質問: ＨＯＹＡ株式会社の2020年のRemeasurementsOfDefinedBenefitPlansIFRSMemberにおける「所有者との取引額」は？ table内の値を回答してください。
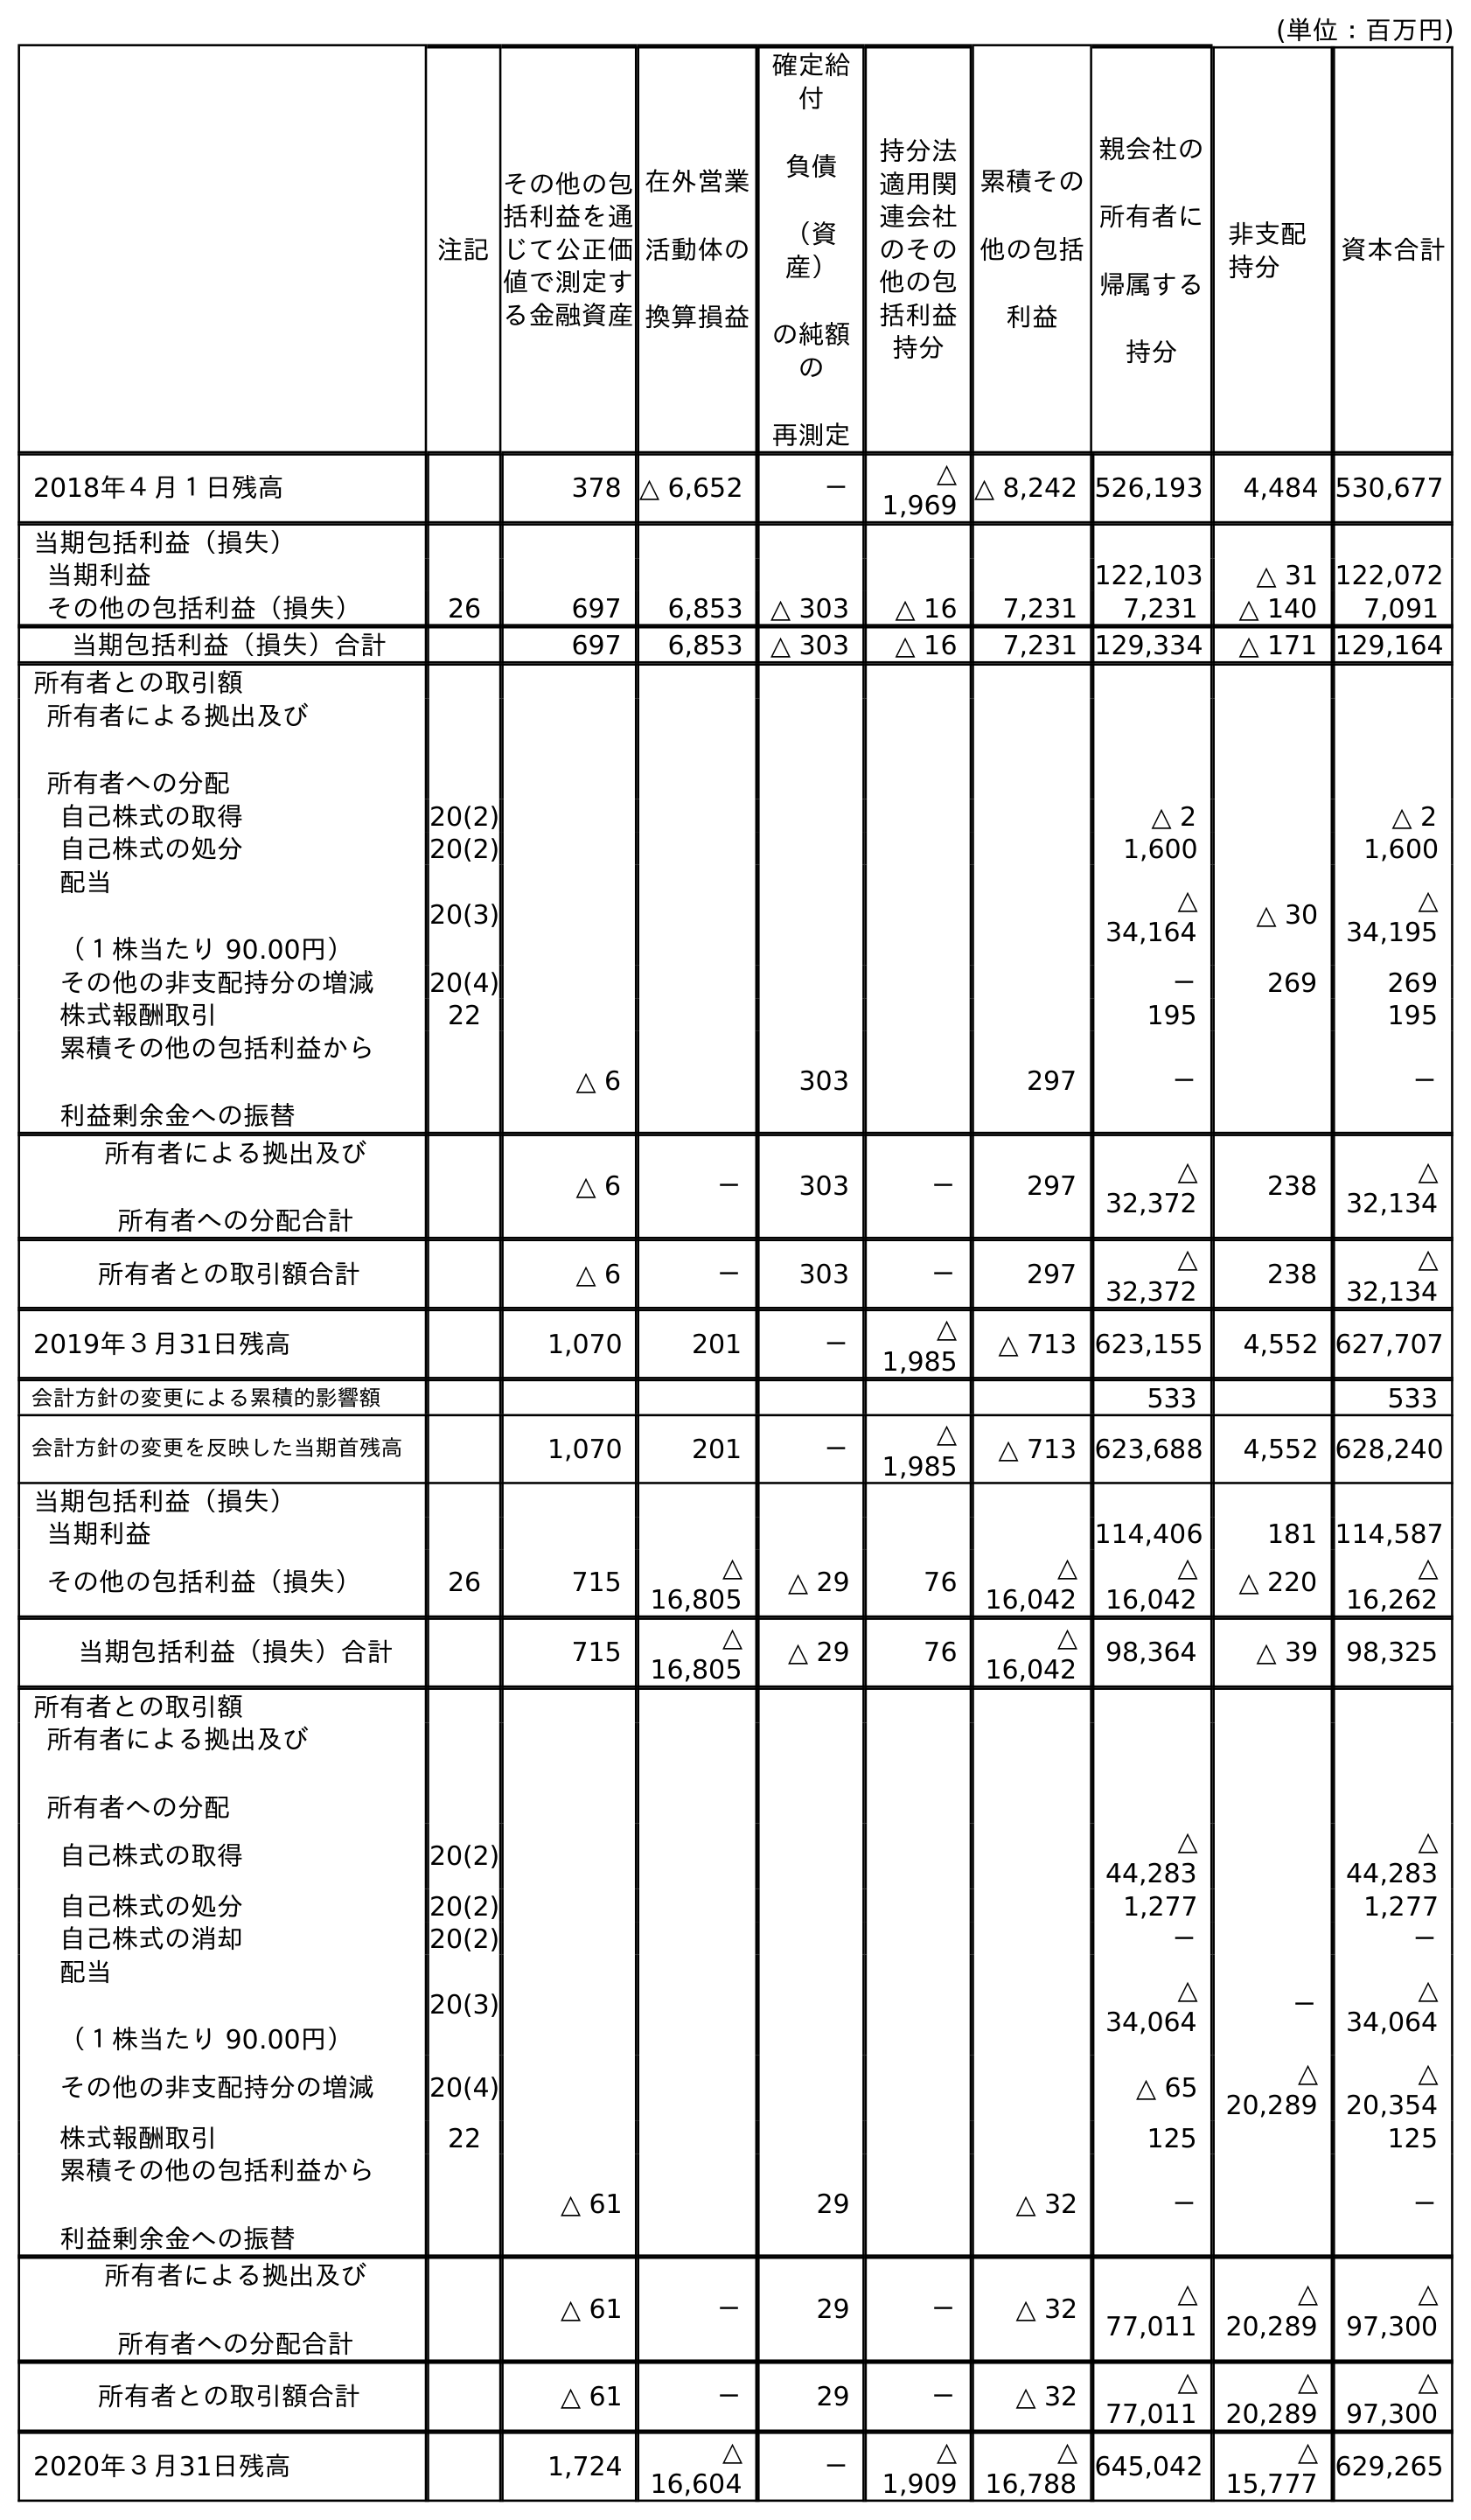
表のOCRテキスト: (単位：百万円) 注記 親会社の 所有者に 帰属する 持分 非支配 持分 資本合計 その他の包 括利益を通 じて公正価 値で測定す る金融資産 在外営業 活動体の 換算損益 確定給 付 負債 （資 産） の純額 の 再測定 持分法 適用関 連会社 のその 他の包 括利益 持分 累積その 他の包括 利益 2018年４月１日残高 378 △ 6,652 － △ 1,969 △ 8,242 526,193 4,484 530,677 当期包括利益（損失） 当期利益 122,103 △ 31 122,072 その他の包括利益（損失） 26 697 6,853 △ 303 △ 16 7,231 7,231 △ 140 7,091 当期包括利益（損失）合計 697 6,853 △ 303 △ 16 7,231 129,334 △ 171 129,164 所有者との取引額 所有者による拠出及び 所有者への分配 自己株式の取得 20(2) △ 2 △ 2 自己株式の処分 20(2) 1,600 1,600 配当 （１株当たり 90.00円） 20(3) △ 34,164 △ 30 △ 34,195 その他の非支配持分の増減 20(4) － 269 269 株式報酬取引 22 195 195 累積その他の包括利益から 利益剰余金への振替 △ 6 303 297 － － 所有者による拠出及び 所有者への分配合計 △ 6 － 303 － 297 △ 32,372 238 △ 32,134 所有者との取引額合計 △ 6 － 303 － 297 △ 32,372 238 △ 32,134 2019年３月31日残高 1,070 201 － △ 1,985 △ 713 623,155 4,552 627,707 会計方針の変更による累積的影響額 533 533 会計方針の変更を反映した当期首残高 1,070 201 － △ 1,985 △ 713 623,688 4,552 628,240 当期包括利益（損失） 当期利益 114,406 181 114,587 その他の包括利益（損失） 26 715 △ 16,805 △ 29 76 △ 16,042 △ 16,042 △ 220 △ 16,262 当期包括利益（損失）合計 715 △ 16,805 △ 29 76 △ 16,042 98,364 △ 39 98,325 所有者との取引額 所有者による拠出及び 所有者への分配 自己株式の取得 20(2) △ 44,283 △ 44,283 自己株式の処分 20(2) 1,277 1,277 自己株式の消却 20(2) － － 配当 （１株当たり 90.00円） 20(3) △ 34,064 － △ 34,064 その他の非支配持分の増減 20(4) △ 65 △ 20,289 △ 20,354 株式報酬取引 22 125 125 累積その他の包括利益から 利益剰余金への振替 △ 61 29 △ 32 － － 所有者による拠出及び 所有者への分配合計 △ 61 － 29 － △ 32 △ 77,011 △ 20,289 △ 97,300 所有者との取引額合計 △ 61 － 29 － △ 32 △ 77,011 △ 20,289 △ 97,300 2020年３月31日残高 1,724 △ 16,604 － △ 1,909 △ 16,788 645,042 △ 15,777 629,265
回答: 29